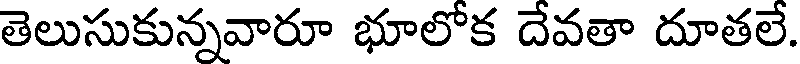
తెలుసుకున్నవారూ భూలోక దేవతా దూతలే.